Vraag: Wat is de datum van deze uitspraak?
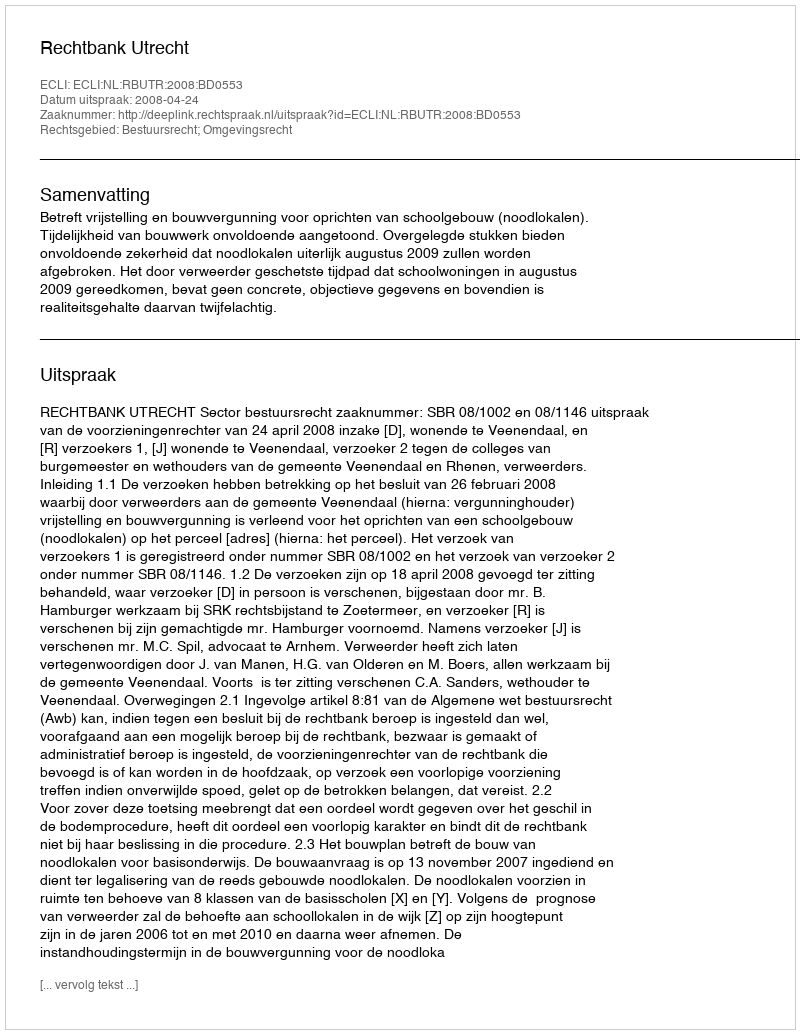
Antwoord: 2008-04-24